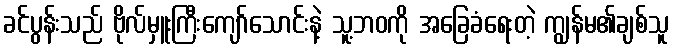
ခင်ပွန်းသည် ဗိုလ်မှူးကြီးကျော်သောင်းနဲ့ သူ့ဘဝကို အခြေခံရေးတဲ့ ကျွန်မ၏ချစ်သူ